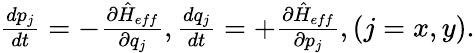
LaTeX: \begin{array}{r}{\frac{dp_{j}}{dt}=-\frac{\partial\hat{H}_{eff}}{\partial q_{j}},\frac{dq_{j}}{dt}=+\frac{\partial\hat{H}_{eff}}{\partial p_{j}},(j=x,y).}\end{array}